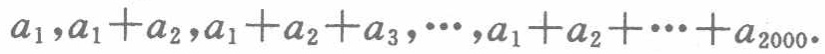
\(a_{1},a_{1}+a_{2},a_{1}+a_{2}+a_{3},\cdots,a_{1}+a_{2}+\cdots +a_{2000}\)